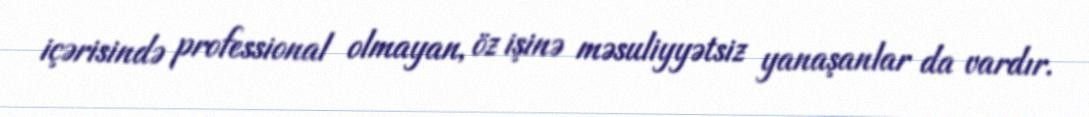
içərisində professional olmayan, öz işinə məsuliyyətsiz yanaşanlar da vardır.